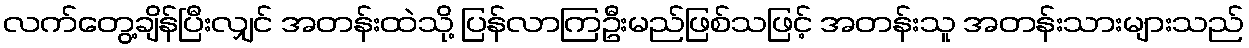
လက်တွေ့ချိန်ပြီးလျှင် အတန်းထဲသို့ ပြန်လာကြဦးမည်ဖြစ်သဖြင့် အတန်းသူ အတန်းသားများသည်